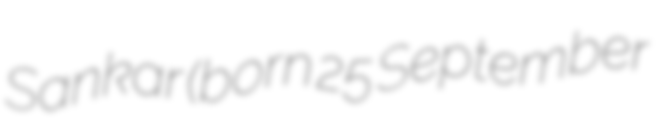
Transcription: Sankar (born 25 September